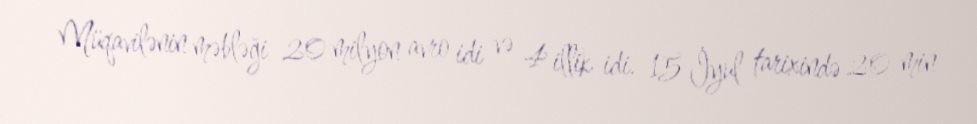
Müqavilənin məbləği 20 milyon avro idi və 4 illik idi. 15 İyul tarixində 20 min